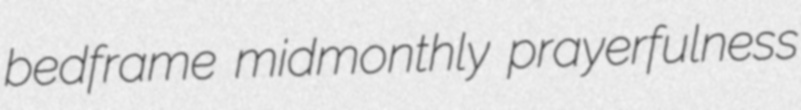
bedframe midmonthly prayerfulness